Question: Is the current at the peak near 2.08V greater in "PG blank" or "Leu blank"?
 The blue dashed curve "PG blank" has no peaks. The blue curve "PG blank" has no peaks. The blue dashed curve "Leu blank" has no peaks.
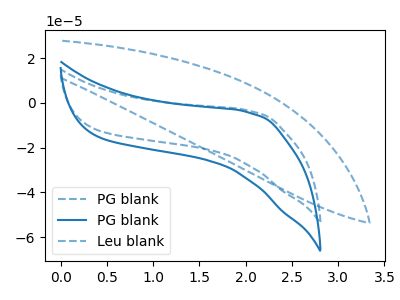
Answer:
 <answer>"PG blank" and "Leu blank" dont share a peak at 2.08V.</answer>
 <eval>mismatch</eval>